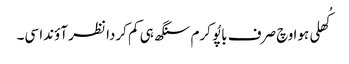
کُھلی ہوا وچ صرف باپُو کرم سنگھ ہی کم کردا نظر آؤندا سی۔